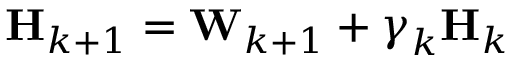
\mathbf { H } _ { k + 1 } = \mathbf { W } _ { k + 1 } + \boldsymbol { \gamma } _ { k } \mathbf { H } _ { k }